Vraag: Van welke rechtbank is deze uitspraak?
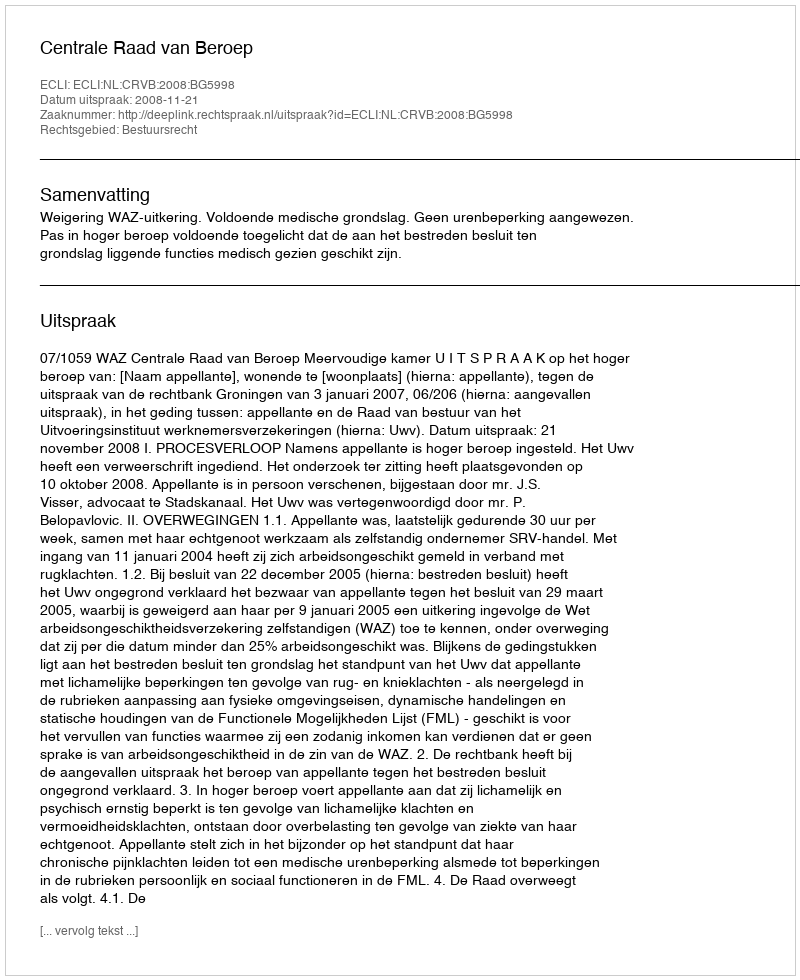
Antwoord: Centrale Raad van Beroep